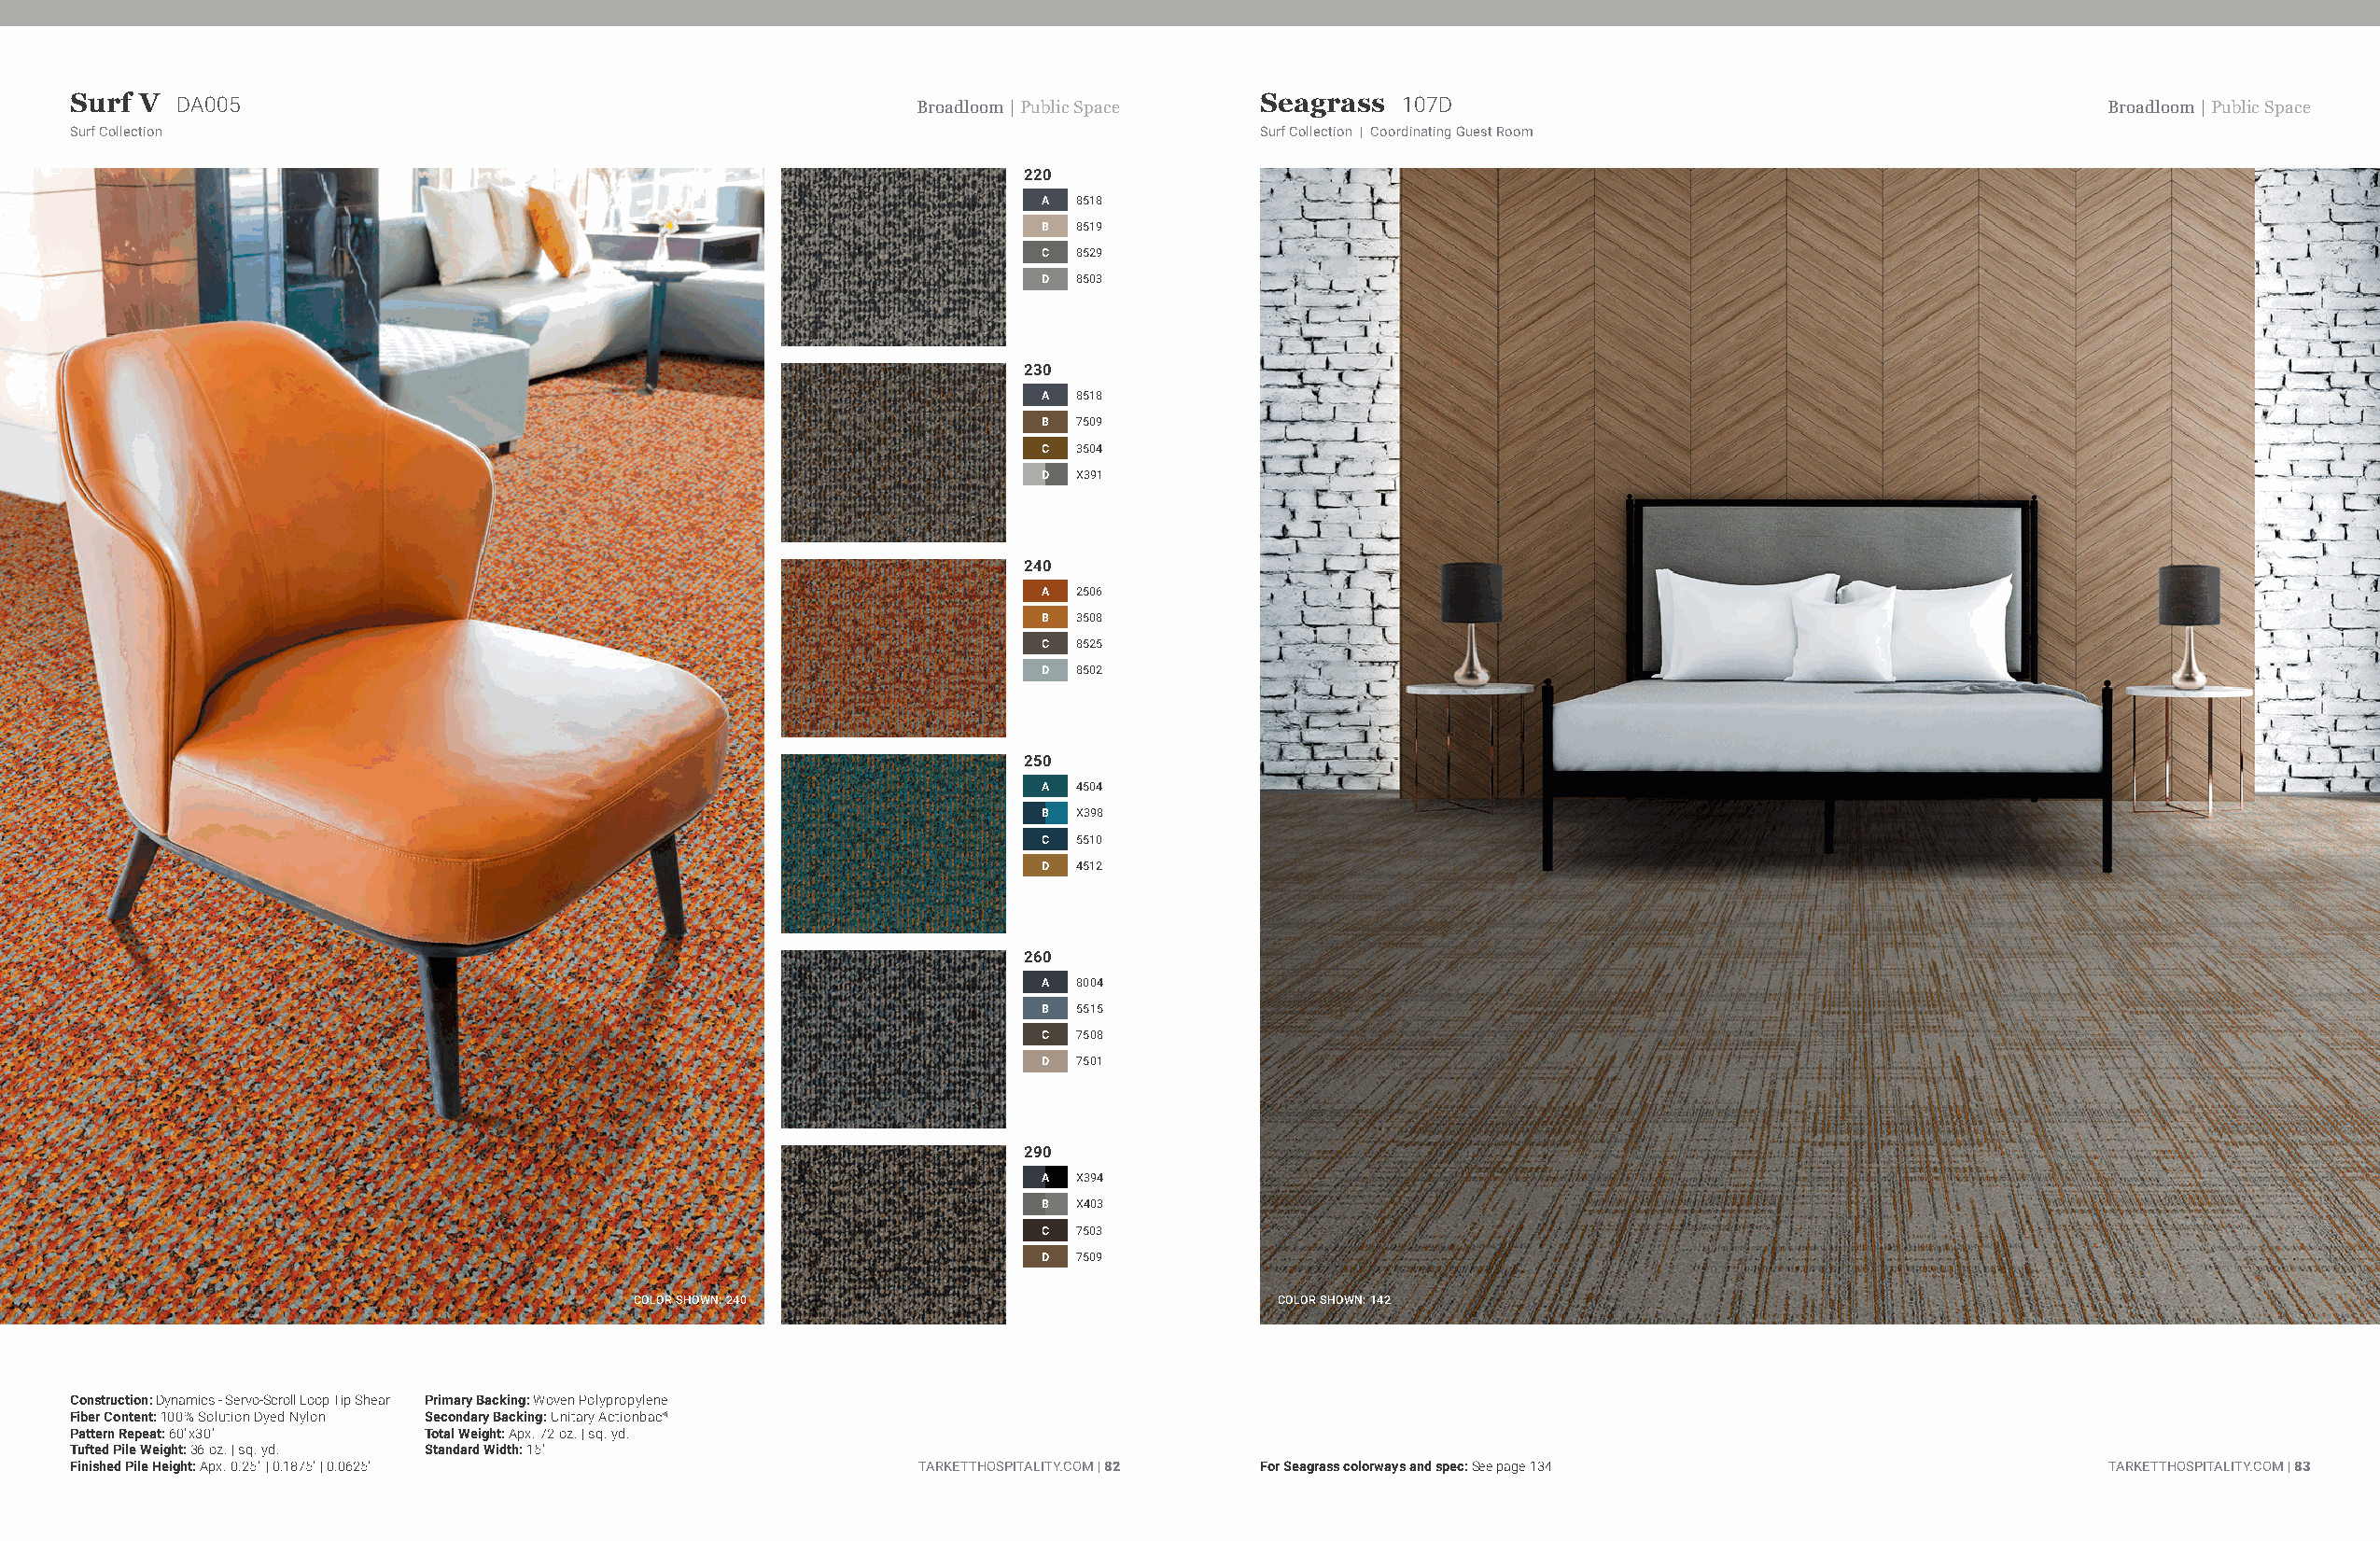
Surf V  DA005                                               Broadloom | Public Space Seagrass 107D                                               Broadloom | Public Space
 Surf Collection                                                                     Surf Collection | Coordinating Guest Room
 220
 A 8518
 B 8519
 C 8529
 D 8503
 230
 A 8518
 B 7509
 C 3504
 D X391
 240
 A 2506
 B 3508
 C 8525
 D 8502
 250
 A 4504
 B X398
 C 5510
 D 4512
 260
 A 8004
 B 5515
 C 7508
 D 7501
 290
 A X394
 B X403
 C 7503
 D 7509
 COLOR SHOWN: 240                              COLOR SHOWN: 142
 Construction: Dynamics - Servo-Scroll Loop Tip Shear Primary Backing: Woven Polypropylene
 Fiber Content: 100% Solution Dyed Nylon Secondary Backing: Unitary Actionbac®
 Pattern Repeat: 60"x30"  Total Weight: Apx. 72 oz. | sq. yd.
 Tufted Pile Weight: 36 oz. | sq. yd. Standard Width: 15'
 Finished Pile Height: Apx. 0.25" | 0.1875" | 0.0625"        TARKETTHOSPITALITY.COM | 82 For Seagrass colorways and spec: See page 134            TARKETTHOSPITALITY.COM | 83